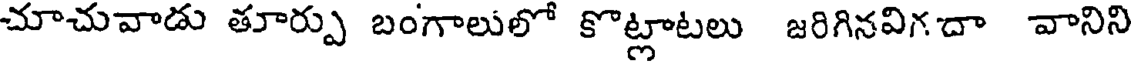
చూచువాడు తూర్పు బంగాలులో కొట్లాటలు జరిగినవిగదా వానిని